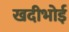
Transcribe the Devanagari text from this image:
खदीभोई